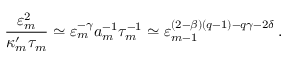
\frac { \varepsilon _ { m } ^ { 2 } } { \kappa _ { m } ^ { \prime } \tau _ { m } } \simeq \varepsilon _ { m } ^ { - \gamma } a _ { m } ^ { - 1 } \tau _ { m } ^ { - 1 } \simeq \varepsilon _ { m - 1 } ^ { ( 2 - \beta ) ( q - 1 ) - q \gamma - 2 \delta } \, .